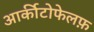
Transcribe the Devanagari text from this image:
आर्कीटोफेलफ़